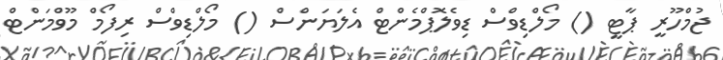
ޖުމްހޫރީ ޕާޓީ () މޯލްޑިވްސް ޑިވެލޮޕްމެންޓް އެލަޔަންސް () މޯލްޑިވްސް ރިފޯމް މޫވްމަންޓް